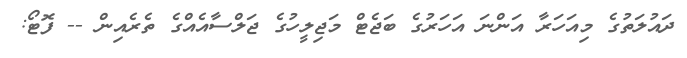
ދައުލަތުގެ މިއަހަރާ އަންނަ އަހަރުގެ ބަޖެޓް މަޖިލީހުގެ ޖަލްސާއެއްގެ ތެރެއިން -- ފޮޓޯ: